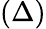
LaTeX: (\Delta)